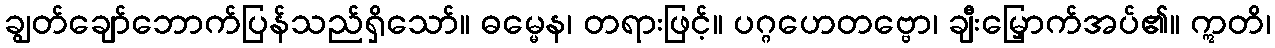
ချွတ်ချော်ဘောက်ပြန်သည်ရှိသော်။ ဓမ္မေန၊ တရားဖြင့်။ ပဂ္ဂဟေတဗ္ဗော၊ ချီးမြှောက်အပ်၏။ ဣတိ၊